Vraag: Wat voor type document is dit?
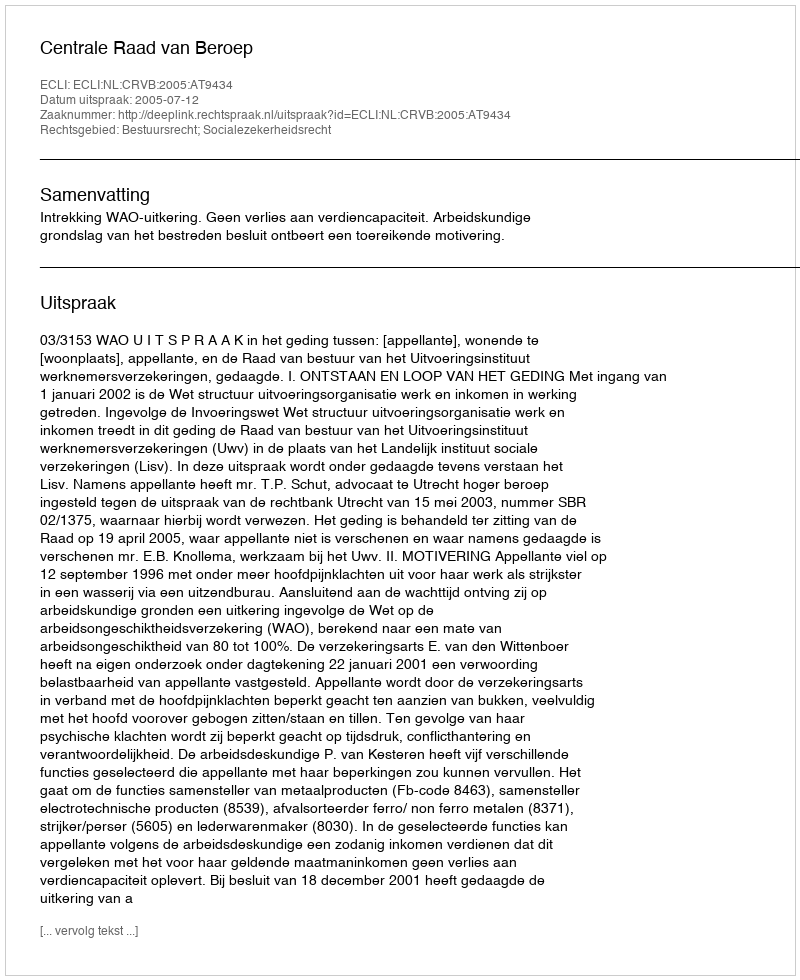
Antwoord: Uitspraak